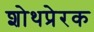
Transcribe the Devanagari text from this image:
शोथप्रेरक